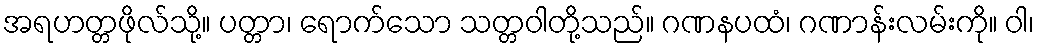
အရဟတ္တဖိုလ်သို့။ ပတ္တာ၊ ရောက်သော သတ္တဝါတို့သည်။ ဂဏနပထံ၊ ဂဏာန်းလမ်းကို။ ဝါ၊